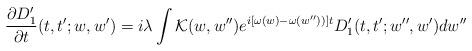
LaTeX: \begin{align*}\frac{\partial D_{1}^{\prime }}{\partial t}(t,t^{\prime };w,w^{\prime})=i\lambda \int {\cal K}(w,w^{\prime \prime })e^{i[\omega (w)-\omega(w^{\prime \prime }))]t}D_{1}^{\prime }(t,t^{\prime };w^{\prime \prime},w^{\prime })dw^{\prime \prime }\end{align*}